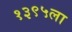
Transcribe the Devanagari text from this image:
१३९५ला